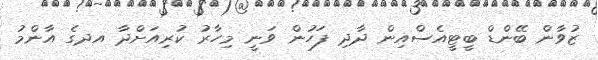
ޒުވާން ބޭންޑް ބީޓީއެސްއިން ދާދި ފަހުން ވަނީ މިހާރު ކުރިއަށްދާ އދގެ އާންމު